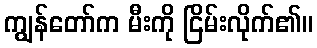
ကျွန်တော်က မီးကို ငြိမ်းလိုက်၏။